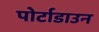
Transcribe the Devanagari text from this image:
पोर्टाडाउन